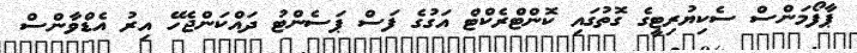
ޕާފޯމަންސް ސެކިޔުރިޓީގެ ގޮތުގައި ކޮންޓްރެކްޓް އަގުގެ ފަސް ޕަސެންޓު ދައްކަންޖެހޭ އިރު އެޑްވާންސް